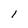
Character: l